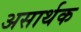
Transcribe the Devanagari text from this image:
असार्थक